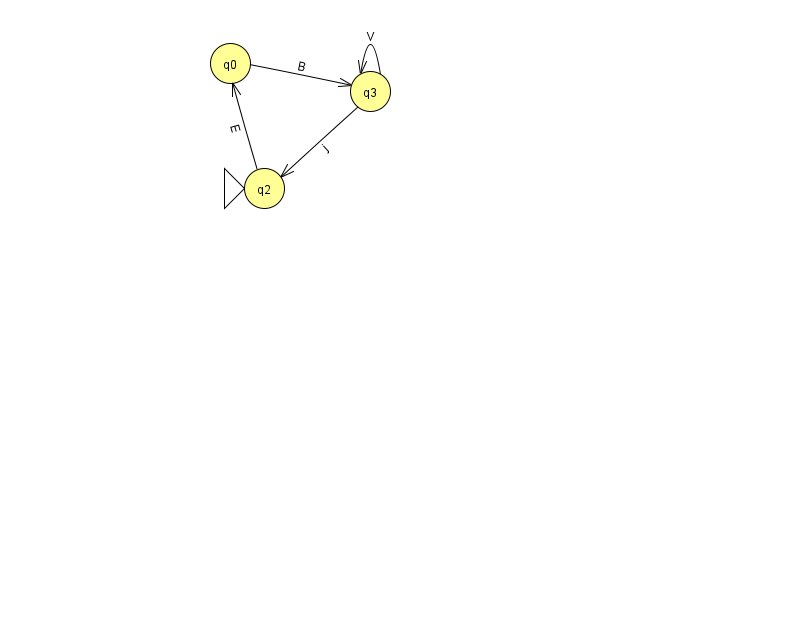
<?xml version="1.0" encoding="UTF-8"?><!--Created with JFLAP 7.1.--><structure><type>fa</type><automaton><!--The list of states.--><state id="0" name="q0"><x>230.0</x><y>50.0</y></state><state id="2" name="q2"><x>264.0</x><y>175.0</y><initial/></state><state id="3" name="q3"><x>370.0</x><y>78.0</y></state><!--The list of transitions.--><transition><from>3</from><to>2</to><read>j</read></transition><transition><from>3</from><to>3</to><read>V</read></transition><transition><from>2</from><to>0</to><read>E</read></transition><transition><from>0</from><to>3</to><read>B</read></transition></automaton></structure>